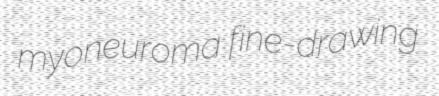
myoneuroma fine-drawing